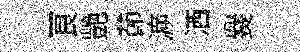
良艷莭㴑洒爨